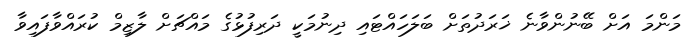
މަންމަ އަށް ބޭނުންވާނެ ޚަރަދުތަށް ބަލަހައްޓައި ދިނުމަކީ ދަރިފުޅުގެ މައްޗަށް ލާޒިމް ކުރައްވާފައިވާ